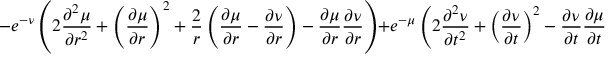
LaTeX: - e ^ { - \nu } \left( 2 \frac { \partial ^ { 2 } \mu } { \partial r ^ { 2 } } + \left( \frac { \partial \mu } { \partial r } \right) ^ { 2 } + \frac { 2 } { r } \left( \frac { \partial \mu } { \partial r } - \frac { \partial \nu } { \partial r } \right) - \frac { \partial \mu } { \partial r } \frac { \partial \nu } { \partial r } \right) + e ^ { - \mu } \left( 2 \frac { \partial ^ { 2 } \nu } { \partial t ^ { 2 } } + \left( \frac { \partial \nu } { \partial t } \right) ^ { 2 } - \frac { \partial \nu } { \partial t } \frac { \partial \mu } { \partial t } \right) = \alpha \beta ^ { 2 } \frac { e ^ { - \beta r } } { r } .